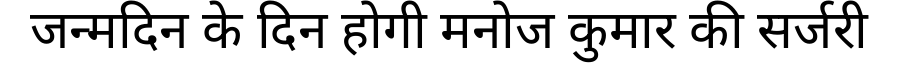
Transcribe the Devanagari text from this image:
जन्मदिन के दिन होगी मनोज कुमार की सर्जरी